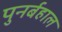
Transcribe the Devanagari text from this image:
पुनर्बहाल